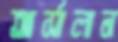
আর্সালান